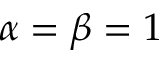
\alpha = \beta = 1